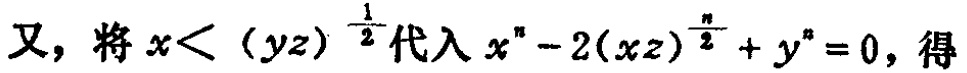
又, 将\(x<(yz)^{\frac{1}{2}}\)代入\(x^{n}-2(xz)^{\frac{n}{2}} + y^{n}=0\), 得